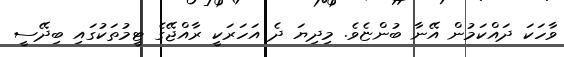
ވާހަކަ ދައްކަމުން އޭނާ ބުންޏެވެ. މިދިޔަ ދެ އަހަރަކީ ރާއްޖޭގެ ޓީމުތަކުގައި ބިދޭސީ